Annual administration report of the Civil Veterinary Department of India - 1895-1896
Year: 1895
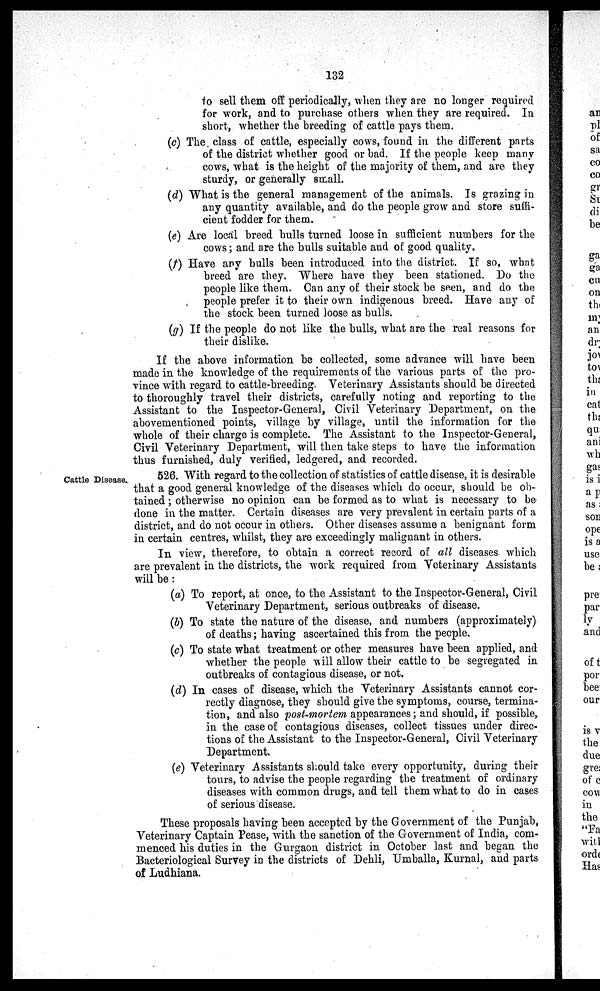
132
to sell them off periodically, when they are no longer required
for work, and to purchase others when they are required. In
short, whether the breeding of cattle pays them.
(c) The class of cattle, especially cows, found in the different parts
of the district whether good or had. If the people keep many
cows, what is the height of the majority of them, and are they
sturdy, or generally small.
(d) What is the general management of the animals. Is grazing in
any quantity available, and do the people grow and store suffi-
cient fodder for them.
(e) Are local breed bulls turned loose in sufficient numbers for the
cows; and are the bulls suitable and of good quality.
(f) Have any bulls been introduced into the district. If so, what
breed are they. Where have they been stationed. Do the
people like them. Can any of their stock be seen, and do the
people prefer it to their own indigenous breed. Have any of
the stock been turned loose as bulls.
(g) If the people do not like the bulls, what are the real reasons for
their dislike.
If the above information be collected, some advance will have been
made in the knowledge of the requirements of the various parts of the pro-
vince with regard to cattle-breeding. Veterinary Assistants should be directed
to thoroughly travel their districts, carefully noting and reporting to the
Assistant to the Inspector-General, Civil Veterinary Department, on the
abovementioned points, village by village, until the information for the
whole of their charge is complete. The Assistant to the Inspector-General,
Civil Veterinary Department, will then take steps to have the information
thus furnished, duly verified, ledgered, and recorded.
Cattle Disease.
526. With regard to the collection of statistics of cattle disease, it is desirable
that a good general knowledge of the diseases which do occur, should be ob-
tained; otherwise no opinion can be formed as to what is necessary to be
done in the matter. Certain diseases are very prevalent in certain parts of a
district, and do not occur in others. Other diseases assume a benignant form
in certain centres, whilst, they are exceedingly malignant in others.
In view, therefore, to obtain a correct record of all diseases which
are prevalent in the districts, the work required from Veterinary Assistants
will be:
(a) To report, at once, to the Assistant to the Inspector-General, Civil
Veterinary Department, serious outbreaks of disease.
(b) To state the nature of the disease, and numbers (approximately)
of deaths; having ascertained this from the people.
(c) To state what treatment or other measures have been applied, and
whether the people will allow their cattle to be segregated in
outbreaks of contagious disease, or not.
(d) In cases of disease, which the Veterinary Assistants cannot cor-
rectly diagnose, they should give the symptoms, course, termina-
tion, and also post-mortem appearances; and should, if possible,
in the case of contagious diseases, collect tissues under direc-
tions of the Assistant to the Inspector-General, Civil Veterinary
Department.
(e) Veterinary Assistants should take every opportunity, during their
tours, to advise the people regarding the treatment of ordinary
diseases with common drugs, and tell them what to do in cases
of serious disease.
These proposals having been accepted by the Government of the Punjab,
Veterinary Captain Pease, with the sanction of the Government of India, com-
menced his duties in the Gurgaon district in October last and began the
Bacteriological Survey in the districts of Dehli, Umballa, Kurnal, and parts
of Ludhiana.